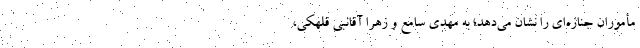
مأموران جنازه‌ای را نشان می‌دهد؛ به مهدی سامع و زهرا آقانبی قلهکی،